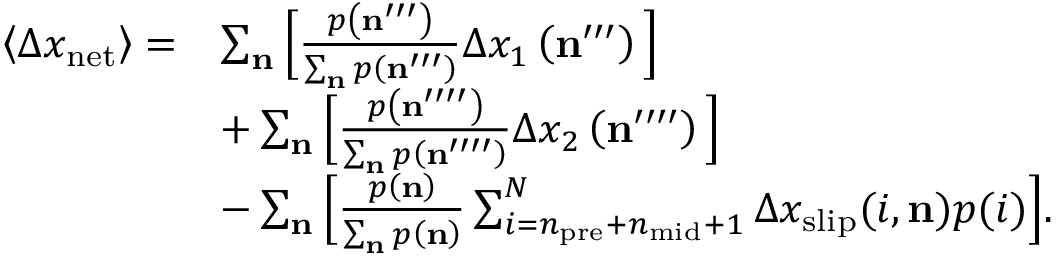
\begin{array} { r l } { \left\langle \Delta x _ { \mathrm { n e t } } \right\rangle = } & { \sum _ { \mathbf { n } } \Big [ \frac { p \left( \mathbf { n } ^ { \prime \prime \prime } \right) } { \sum _ { \mathbf { n } } p \left( \mathbf { n } ^ { \prime \prime \prime } \right) } \Delta x _ { 1 } \left( \mathbf { n } ^ { \prime \prime \prime } \right) \Big ] } \\ & { + \sum _ { \mathbf { n } } \Big [ \frac { p \left( \mathbf { n } ^ { \prime \prime \prime \prime } \right) } { \sum _ { \mathbf { n } } p \left( \mathbf { n } ^ { \prime \prime \prime \prime } \right) } \Delta x _ { 2 } \left( \mathbf { n } ^ { \prime \prime \prime \prime } \right) \Big ] } \\ & { - \sum _ { \mathbf { n } } \Big [ \frac { p \left( \mathbf { n } \right) } { \sum _ { \mathbf { n } } p \left( \mathbf { n } \right) } \sum _ { i = n _ { \mathrm { p r e } } + n _ { \mathrm { m i d } } + 1 } ^ { N } \Delta x _ { \mathrm { s l i p } } ( i , \mathbf { n } ) p ( i ) \Big ] . } \end{array}